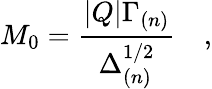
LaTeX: M_{0}=\frac{|Q|\Gamma_{(n)}}{\Delta_{(n)}^{1/2}}\quad,